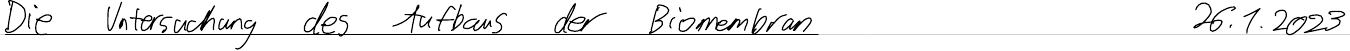
Die Untersuchung des Aufbaus der Biomembran    26.1.2023